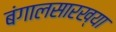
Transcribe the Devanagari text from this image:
बंगालसारख्या